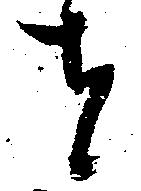
者